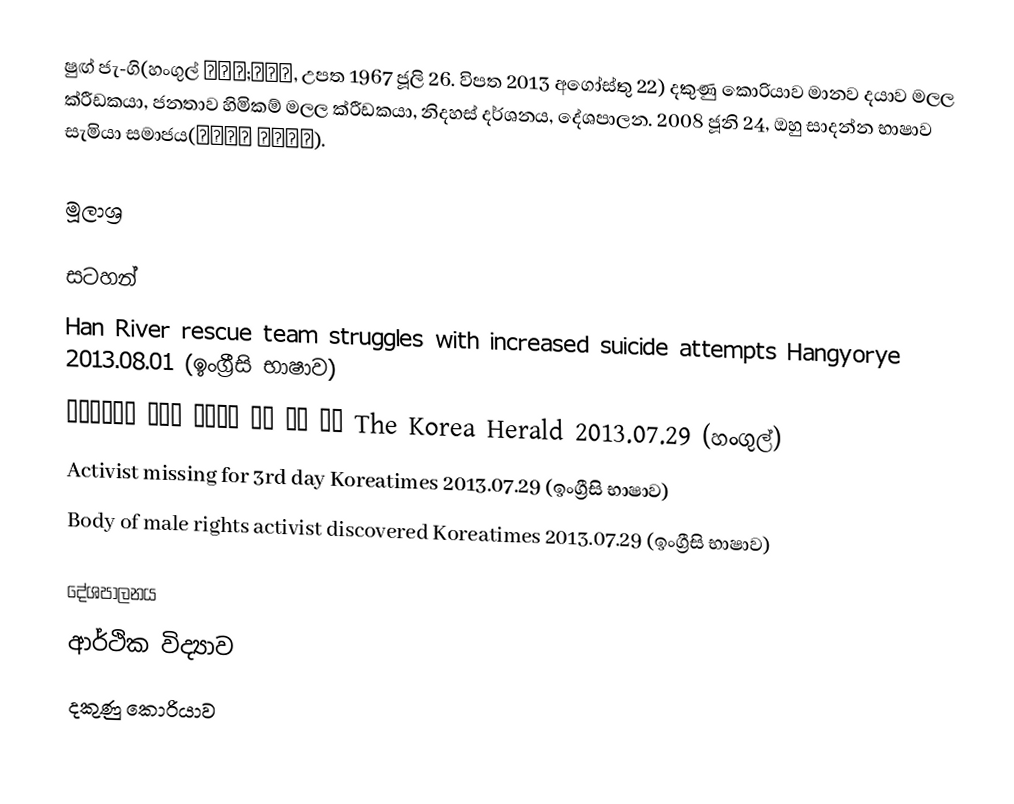
ෂුඟ් ජැ-ගි(හංගුල් 성재기;成在基,  උපත 1967 ජූලි 26. විපත 2013 අගෝස්තු 22) දකුණු කොරියාව මානව දයාව මලල ක්රීඩකයා, ජනතාව හිමිකම් මලල ක්රීඩකයා, නිදහස් දර්ශනය, දේශපාලන. 2008 ජූනි 24, ඔහු සාදන්න භාෂාව සැමියා සමාජය(남성연대 男性連帶).

මූලාශ්‍ර

සටහන්
 Han River rescue team struggles with increased suicide attempts Hangyorye 2013.08.01 (ඉංග්‍රීසි භාෂාව)
 ‘예고투신’ 성재기 남성연대 대표 시신 발견 The Korea Herald 2013.07.29 (හංගුල්)
 Activist missing for 3rd day Koreatimes 2013.07.29 (ඉංග්‍රීසි භාෂාව)
 Body of male rights activist discovered Koreatimes 2013.07.29 (ඉංග්‍රීසි භාෂාව)

දේශපාලනය
ආර්ථික විද්‍යාව
දකුණු කොරියාව